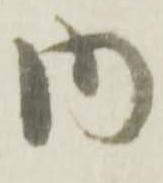
内